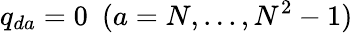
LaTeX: q_{da}=0\ \ (a=N,...,N^{2}-1)